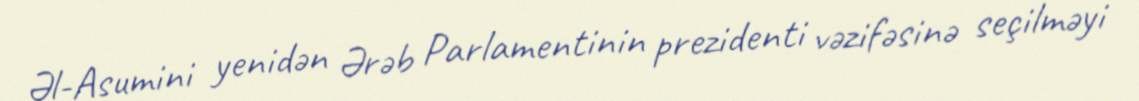
Əl-Asumini yenidən Ərəb Parlamentinin prezidenti vəzifəsinə seçilməyi